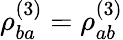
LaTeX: \rho_{ba}^{(3)}=\rho_{ab}^{(3)}